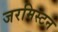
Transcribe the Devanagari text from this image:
जरमिस्टन